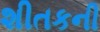
શીતકની